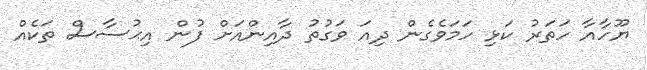
ޔޫހާއާ ހަތަރު ކަޅި ހަމަވެގެން ދިއަ ވަގުތު ދާއިންއަށް ފުން އިޙުސާސް ތަކެއް